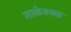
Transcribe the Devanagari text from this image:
शाळेजवळ